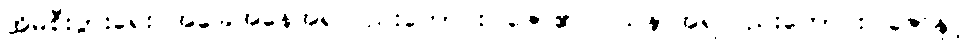
အိမ်စီးပွားရေး အခြေအနေအရလည်းကောင်း၊ ဇော်၏ ဝါသနာအရလည်းကောင်း၊ ဇော်နှင့်